Report on horse surra - Volume II, Part II
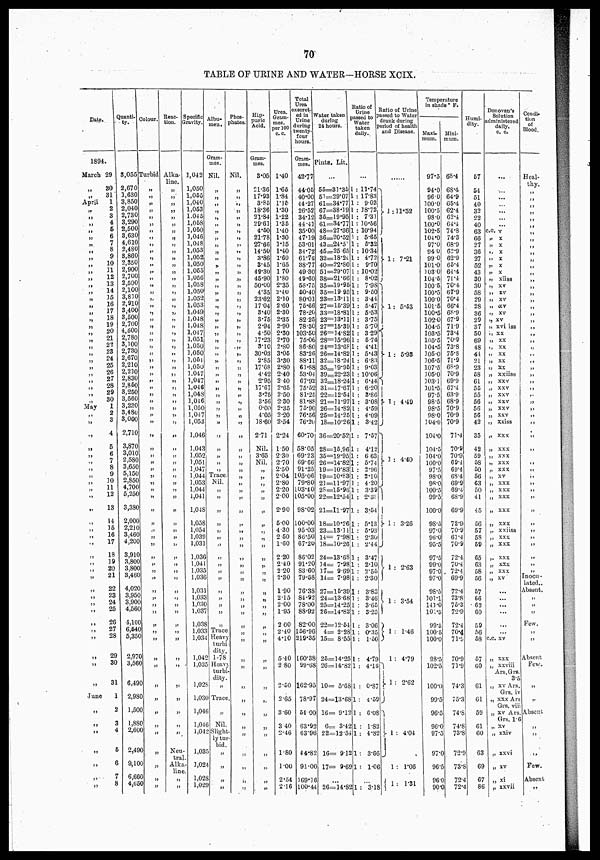
70
TABLE OF URINE AND WATER-HORSE XCIX.
Date.
1894.
March
„
„
April
„
„
„
„
„
„
„
„
„
„
„
„
„
„
„
„
„
„
„
„
„
„
„
„
„
„
„
„
„
May
„
„
„
„
„
„
„
„
„
„
„
„
„
„
„
„
„
„
„
„
„
„
„
„
„
„
„
„
„
„
June
„
„
„
„
„
„
„
Quanti-
ty.
29
30
31
1
2
3
4
5
6
7
8
9
10
11
12
13
14
15
16
17
18
19
20
21
22
23
24
25
26
27
28
29
30
1
2
3
4
5
6
7
8
9
10
11
12
13
14
15
16 17
18
19
20
21
22
23
24
25
26
27 28
29
30
31
1
2
3
4
5
6
7
8
3,055
2,670
1,630
3,850
2,040
2,730
3,290
2,500
3,630
4,610
2,480
3,860
2,350
2,900
2,700
2,500
2,100
3,810
2,910
3,400
3,500
2,700
4,500
2,780
3,100
2,730
2,670
2,210
2,210
2,830
2,850
3,250
3,560
3,230
3,480 3,000
2,710
3,870
3,010
2,580
3,650
5,150
2,850
4,700
5,250
3,380
2,000
2,210
3,460
4,200
3,910
3,800
3,800
3,460
4,020
3,950
3,900
4,560
4,100
6,540
5,350
2,970
3,560
6,490
2,980
1,500
1,880
2,600
2,490
9,100
6,660
4,650
Colour.
Turbid
„
„
„
„
„
„
„
„
„
„
„
„
„
„
„
„
„
„
„
„
„
„
„
„
„
„
„
„
„
„
„
„
„
„
„
„
„
„
„
„
„
„
„ „
„
„
„
„
„
„
„
„
„
„ „
„ „
„
„
„
„
„
„
„
„
„
„
„
„
„
„
Reac-
tion.
Alka-
line.
„
„
„
„
„
„
„
„
„
„
„
„
„
„
„
„
„
„
„
„
„
„
„
„
„
„
„
„
„
„
„
„
„
„
„
„
„
„
„
„
„
„
„
„
„
„
„
„
„
„
„
„
„
„
„
„
„
„
„
„
„
„
„
„
„
„
„
Neu¬
tral
Alka¬
line
„
„
Specific
Gravity.
1,042
1,050
1,055
1,040
1,053
1,045
1,058
1,050
1,046
1,048
1,053
1,052
1,050
1,055
1,056
1,058
1,050
1,052
1,053
1,049
1,048
1,048
1,047
1,051
1,050
1,050
1,051
1,050
1.047
1,047
1,046
1,048
1,046
1,050
1,047
1,053
1,046
1,043
1,052
1,051
1,047
1,044
1,053
1,044
1,041
1,048
1,058
1,054
1,039
1,031
1,036
1,041
1,035
1,036
1,031
1,033 1,030
1,037
1,038
1,033
1,034
1,042
1,035
1,028
1,030
1,046
1,046
1,042
1,035
1,024
1,028
1,029
Albu-
men.
Gram-
mes.
Nil.
„
„
„
„
„
„
„
„
„
„
„
„
„
„
„
„
„
„
„
„
„
„
„
„
„
„
„
„
„
„
„
„
„
„
„
„
„
„
„
„
Trace.
Nil.
„
„
„
„
„
„
„
„
„
„
„
„
„
„
„
„
Trace
Heavy
turbi
dity.
1-78
Heavy
turbi
dity.
„
Trace
„
Nil.
Slight
ly tur¬
bid.
„
„
„
„
Phos-
phates.
Nil.
„
„
„
„
„
„
„
„
„
„
„
„
„
„
„
„
„
„
„
„
„
„
„
„
„
„
„
„
„
„
„
„
„
„
„
„
„
„
„
„
„
„
„
„
„
„
„
„
„
„
„
„
„
„
„
„ „
„
„
„
„
„
„
„
„
„
„
„
„
„
„
„
„
Hip-
puric
Acid.
Gram-
mes.
3.05
21.36
17.93
3.85
18.36
21.84
29.61
4.50
21.78
27.66
14.50
3.86
3.45
49.30
45.90
50.00
4.35
23.62
17.04
3.40
3.75
2.94
4.50
17.23
3.10
30.03
2.85
17.68
4.42
2.95
17.67
3.25
3.56
0.00
4.05
18.60
2.71
Nil.
3.65
Nil.
„
„
„
„
„
„
„
„
„
„
„
„
„
„
„
„
„
„
„
„
„
„
„
„
„
„
„
„
„
„
„
„
„
„
Urea.
Gram-
mes.
per 100
c. c.
1.40
1.65
1.84
1.15
1.30
1.22
1.35
1.40
1.30
1.15
1.40
1.60
1.65
1.70
1.80
2.35
2.40
2.10
2.60
2.30
2.35
2.90
2.30
2.70
2.80
3.05
3.30
2.80
2.40
2.40
2.65
2.50
2.30
2.35
2.20
2.54
2.24
1.50
2.30
2.70
2.50
2.04
2.80
2.20
2.00
2.90
5.00
4.30
2.50
1.60
2.20
2.40
2.20
2.30
1.90
2.15
2.00
1.95
2.00
2.40
4.10
5.40
2.80
2.50
2.65
3.60
3.40
2.46
1.80
1.00
2.54
2.16
Total
Urea
execret-
ed in
Urine
during
twenty-
four
hours.
Gram-
mes.
42.77
44.05
40.00
44.27
26.52
34.12
44.41
35.00
47.19
53.01
34.72
61.76
38.77
49.30
49.60
58.75
50.40
80.01
75.66
78.20
82.25
78.30
103.50
75.06
86.80
83.26
88.11
63.88
53.04
67.92
75.52
81.25
81.88
75.90
76.56
76.20
60.70
58.05
69.23
69.66
91.25
105.06
79.80
103.40
105.00
98.02
100.00
95.03
86.50
67.20
86.02
91.20
83.60
79.58
76.38
84.92
78.00
88.92
82.00
156.96
219.35
160.38
99.68
162.95
78.97
54.00
63.92
63.96
44.82
91.00
169.16
100.44
Water taken
during
24 hours.
Pints. Lit.
...
55=31.35
51=29.07
61=34.77
67=38.19
35=19.95
61=34.77
48=27.36
36=20.52
43=24.51
45=25.65
32=18.24
40=22.80
51=29.07
38=21.66
35=19.95
35=19.95
23=13.11
27=15.39
33=18.81
23=13.11
27=15.39
26=14.82
28=15.96
24=13.68
26=14.82
32=18.24
35=19.95
39=22.23
32=18.24
31=17.67
22=12.54
21=11.97
26=14.82
25=14.25
18=10.26
36=20.52
28=15.96
35=19.95
26=14.82
19=10.83
19=10.83
23=11.97
28=15.96
22=12.54
21=11.97
18=10.26
23=13.11
14= 7.98
18=10.26
24=13.68
34= 7.98
17= 9.69
14= 7.98
27=15.39
24=13.68
25=14.25
26=14.82
22=12.54
4= 2.28
15= 8.55
25=14.25
26=14.82
10= 5.68
24=13.68
16= 9.12
6= 3.42
22=12.54
16= 9.12
17= 9.69
....
26=14.82
Ratio of
Urine
passed to
Water
taken
daily.
...
1 : 11.74
1 : 17.83
1 : 9.03
1 : 18.72
1 : 7.31
1 : 10.56
1 : 10.94
1 : 5.65
1 : 5.32
1 : 10.34
1 : 4.72
1 : 9.70
1 : 10.02
1 : 8.02
1 : 7.98
1 : 9.50
1 : 3.44
1 : 5.47
1 : 5.53
1 : 3.75
1 : 5.70
1 : 3.29
1 : 5.74
1 : 4.41
1 : 5.43
1 : 6.83
1 : 9.03
1 : 10.06
1 : 6.44
1 : 6.20
1 : 3.86
1 : 3.08
1 : 4.59
1 : 4.09
1 : 3.42
1 : 7.57
1 : 4.12
1 : 6.63
1 : 5.74
1 : 2.96
1 : 2.10
3 : 4.20
1 : 3.39
1 : 2.38
1 : 3.54
1 : 5.13
1 : 5.93
1 : 2.30
1 : 2.44
1 : 3.47
1 : 2.10
1 : 2.55
1 : 2.30
1 : 3.83
1 : 3.46
1 : 3.65
1 : 3.25
1 : 3.06
1 : 0.35
1 : 1.50
1 : 4.79
1 : 4.16
1 : 0.87
1 : 4.59
1 : 6.08
1 : 1.82
1 : 4.82
1 : 3.66
1 : 1.06
...
1 : 3.18
Ratio of Urine
passed to Water
drunk during
period of health
and Disease.
.....
} 1 :11.52
} 1: 7.21
}1 : 5.53
} 1 : 5.93
} 1 : 449
} 1 : 4.40
} 1 : 3.26
} 1 : 2.63
} 1 : 3.54
} 1 : 1.46
1 : 4.79
} 1 : 2.62
}
1 : 4.04
1 : 1.06
} 1 : 1.31
Temperature
in shade ° F.
Maxi-
mum.
97.5
94.0
96.0
100.0
100.5
98.0
100.0
102.5
104.0
97.0
94 0
99.0
101.0
103.0
104.5
100.5
100.5
100.0
101.5
100.5
102.0
104.5
103.5
105.5
104.5
105.0
106.5
107.5
105.0
103.1
101.5
97.5
98.5
98.5
98.0
104.0
104.0
104.5
104.0
100.0
97.5
98.0
98.0
100.5
99.5
100.0
98.5
97.0
96.0
95.5
97.5
99.0
97.0
97.0
98.5
101.1
141.0
101.5
99.5
100.5
100.0
98.5
102.5
100.0
99.5
96.5
96.0
97.5
97.0
96.5
96.0
90.0
Mini-
mum.
68.4
68.4
64.9
65.4
62.4
62.4
64.4
74.8
74.3
68.9
62.9
62.9
65.4
64.4
71.4
70.4
67.9
70.4
66.4
68.9
67.9
71.9
73.4
70.9
73.8
75.8
71.9
68.9
70.9
69.9
67.4
63.9
68.9
70.9
70.9
70.9
71.4
70.8
70.9
69.4
69.4
68.4
69.9
69.4
68.9
69.9
72.9
70.9
67.4
70.9
72.4
70.4
72.4
69.9
72.4
73.8
75.3
72.9
72.4
70.4
71.9
70.9
71.9
74.3
75.3
74.8
74.8
73.8
72.9
73.8
72.4
72.4
Humi-
dity.
57
54
51
40
32
22
40
63
66
27
36
27
52
43
30
30
58
29
28
36
29
37
50
69
48
44
21
23
58
61
55
55
56
56
56
42
35
42
59
58
50
56
63
50
41
45
56
57
58
59
65
63
58
56
57
66
62
60
59
56
58
57
60
61
61
59
61
60
63
69
67
86
Donovan's
Solution
administered
daily.
c. c.
...
...
...
...
...
...
...
c.c. v
„
x
„ x
„ x
„ X
„ x
„ x
„ xiiss
„
xv
„ xv
„ xv
„
xv
„ xv
„ xv
„ xvi iss
„ xx
„ xx
„ xx
„ xx
„ xx
„ xx
„ xxiiss
„ xxv
„
xxv
„ xxv
„ xxv
„ xxv
„ xxv
„ xxiss
„
xxx
„
xxx
„
xxx
„
xxx
„
xxx
„ xv
„
xxx
„
xxx
„
xxx
„
xxx
„
xxx
„ xxiiss
„
xxx
„
xxx
,.
xxx
„ xxx
„
xxx
„ xv
...
...
...
...
...
...
c.c. xv
„
xxx
„ xxviii
Ars.Grs.
3.5
„ xv Ars.
Grs. iv
„ xxx Ars.
Grs. viii
„ xv Ars.
Grs. 1.6
„ xv
„ xxiv
„ xxvi
„ xv
„ xi
„ xxvii
Condi¬
tion
of
Blood.
Heal-
thy.
„
„
„
„
„
„
„
„
„
„
„
„
„
„
„
„
„
„
„
„
„
„
„
„
„
„
„
„
„
„
„
„
„
„
„
„
„
„
„
„
„
„
„
„
„
„
„
„
„
„
„
Inocu¬
lated..
Absent.
„
„
„
Few.
„
„
Absent
Few-
„
„
Absent
„
„
„
Few.
Absent
„